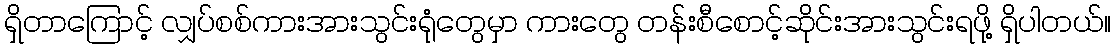
ရှိတာကြောင့် လျှပ်စစ်ကားအားသွင်းရုံတွေမှာ ကားတွေ တန်းစီစောင့်ဆိုင်းအားသွင်းရဖို့ ရှိပါတယ်။